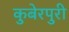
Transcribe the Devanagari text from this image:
कुबेरपुरी